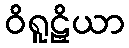
ဝိရူဠှိယာ